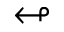
\looparrowleft